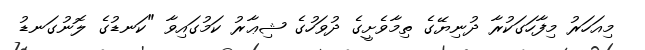
މިއަހަރު މިފާހަގަކުރާ ދުނިޔޭގެ ތިމާވެށީގެ ދުވަހުގެ ޝިޢާރު ކަމުގައިވާ "ކަނޑުގެ ލޮނުގަނޑު